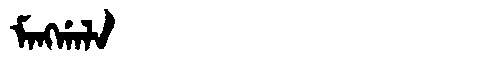
Manchu: ᠮᠠᠩᡤᠠᠯᠠ
Romanization: MANGGALA